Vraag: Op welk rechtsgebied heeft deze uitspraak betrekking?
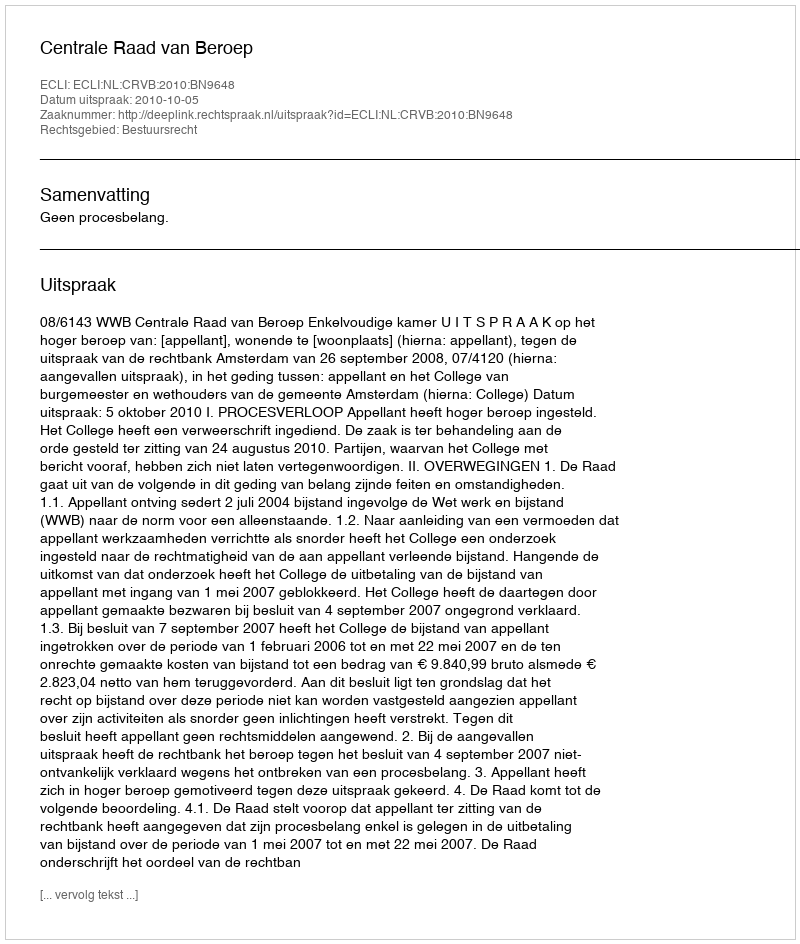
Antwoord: Bestuursrecht